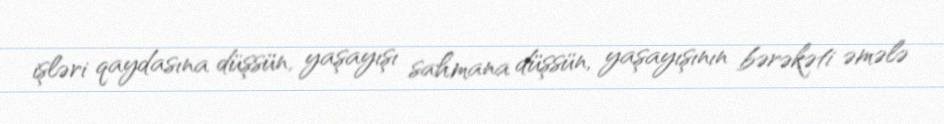
işləri qaydasına düşsün, yaşayışı sahmana düşsün, yaşayışının bərəkəti əmələ